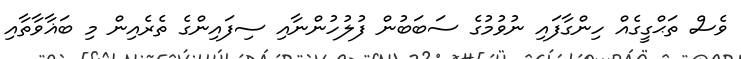
ވެސް ތަޙްގީގެއް ހިންގާފައި ނުވުމުގެ ސަބަބުން ފުލުހުންނާއި ސިފައިންގެ ތެރެއިން މި ބަޣާވާތާއި